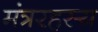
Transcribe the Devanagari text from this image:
मंत्ररहस्य